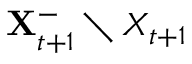
\mathbf { X } _ { t + 1 } ^ { - } \setminus X _ { t + 1 }